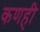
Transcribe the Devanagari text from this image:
कणही